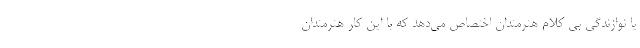
یا نوازندگی بی کلامِ هنرمندان اختصاص می‌دهد که با این کار هنرمندان